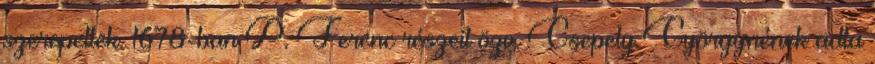
szerepeltek. 1678-ban P. Ferenc részeit özv. Csepely Györgynének adta